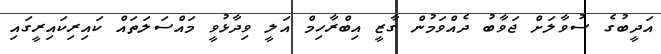
އަދީބުގެ ސުވާލަށް ޖަވާބު ދެއްވަމުން ގާޒީ އިބްރާހިމް އަލީ ވިދާޅުވީ މައްސަލަތައް ކައިރިކައިރީގައި